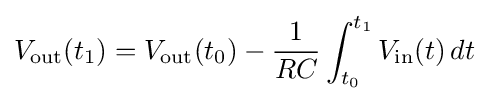
V_{\text{out}}(t_{1})=V_{\text{out}}(t_{0})-{\frac {1}{RC}}\int _{t_{0}}^{t_{1}}V_{\text{in}}(t)\,dt